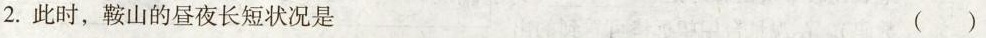
2.此时，鞍山的昼夜长短状况是 ( )